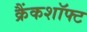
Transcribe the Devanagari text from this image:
क्रैंकशॉफ्ट